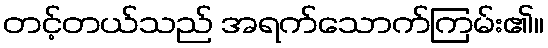
တင့်တယ်သည် အရက်သောက်ကြမ်း၏။